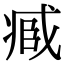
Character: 𠗱